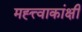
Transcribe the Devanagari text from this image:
मह्त्त्वाकांक्षी